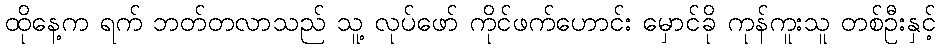
ထိုနေ့က ရက် ဘတ်တလာသည် သူ့ လုပ်ဖော် ကိုင်ဖက်ဟောင်း မှောင်ခို ကုန်ကူးသူ တစ်ဦးနှင့်